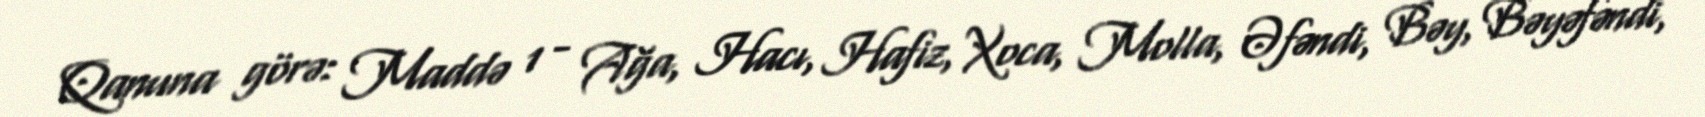
Qanuna görə: Maddə 1 - Ağa, Hacı, Hafiz, Xoca, Molla, Əfəndi, Bəy, Bəyəfəndi,